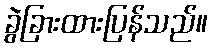
ခွဲခြားထားပြန်သည်။